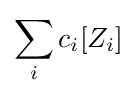
\sum _{i}c_{i}[Z_{i}]